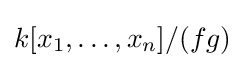
k[x_{1},\ldots ,x_{n}]/(fg)